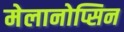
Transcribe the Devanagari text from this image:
मेलानोप्सिन